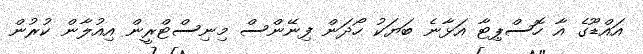
އައްޑޫގެ އާ ހޮސްޕިޓާ އަޅާނެ ބަޔަކު ހޯދަން ފިނޭންސް މިނިިސްޓްރީން އިއުލާން ކުރުން